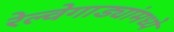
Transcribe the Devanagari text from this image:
रेल्वेगाड्यांमध्ये